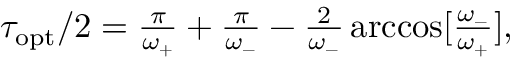
\begin{array} { r } { \tau _ { \mathrm { o p t } } / 2 = \frac { \pi } { \omega _ { + } } + \frac { \pi } { \omega _ { - } } - \frac { 2 } { \omega _ { - } } \operatorname { a r c c o s } [ \frac { \omega _ { - } } { \omega _ { + } } ] , } \end{array}